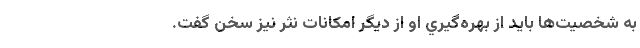
به شخصيت‌ها بايد از بهره‌گيري او از ديگر امكانات نثر نيز سخن گفت.